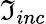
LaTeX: \mathfrak{I}_{inc}